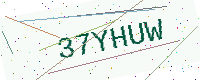
Text: 37YHUW